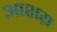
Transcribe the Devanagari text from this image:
आशय़